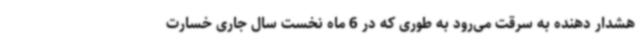
هشدار دهنده به سرقت می‌رود به طوری که در 6 ماه نخست سال جاری خسارت